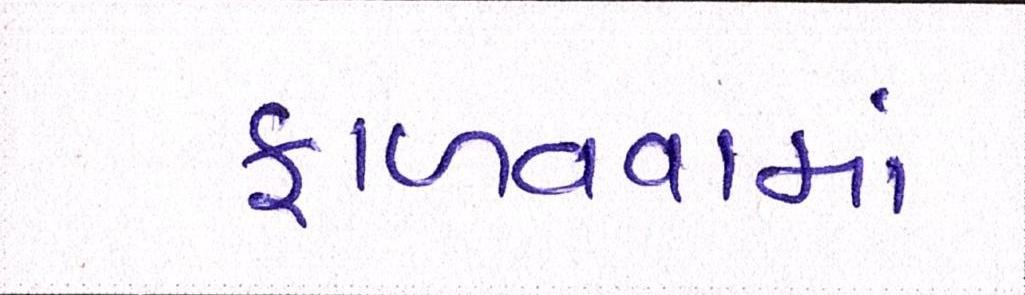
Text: ફાળવવામાં